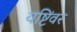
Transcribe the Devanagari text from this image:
यष्टिंवर